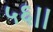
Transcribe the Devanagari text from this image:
५६।।